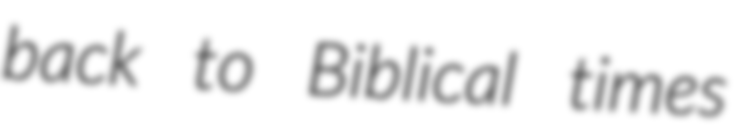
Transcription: back to Biblical times